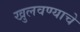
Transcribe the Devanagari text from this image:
खुलवण्याचे